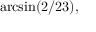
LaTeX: \arcsin ( 2 / 2 3 ) ,